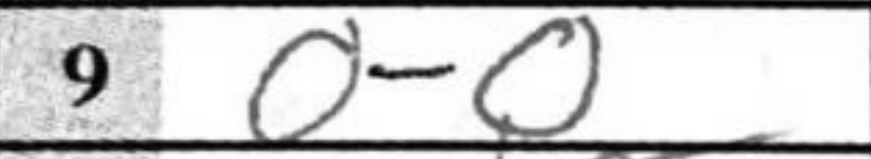
Transcription: O-O